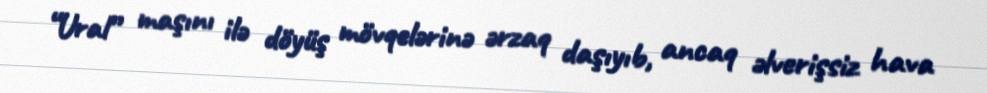
“Ural” maşını ilə döyüş mövqelərinə ərzaq daşıyıb, ancaq əlverişsiz hava